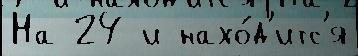
На 24 и нахо́д'итс'я